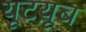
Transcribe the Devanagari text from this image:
यूटय़ूब